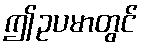
ဤဥပမာတွင်